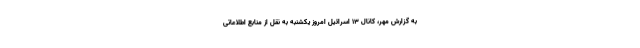
به گزارش مهر، کانال ۱۳ اسرائیل امروز یکشنبه به نقل از منابع اطلاعاتی